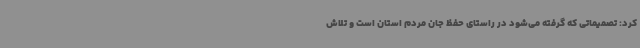
کرد: تصمیماتی که گرفته می‌شود در راستای حفظ جان مردم استان است و تلاش